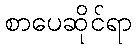
စာပေဆိုင်ရာ